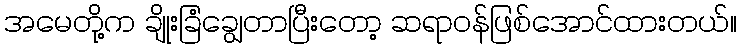
အမေတို့က ချိုးခြံချွေတာပြီးတော့ ဆရာဝန်ဖြစ်အောင်ထားတယ်။